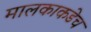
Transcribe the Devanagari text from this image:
मालकाकडेच